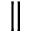
^ { \parallel }